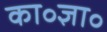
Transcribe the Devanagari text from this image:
का॰ज्ञा॰